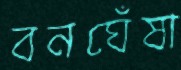
বনঘেঁষা